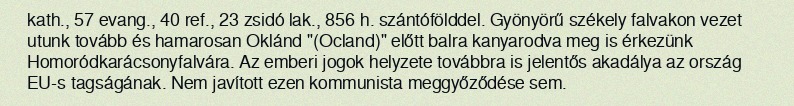
kath., 57 evang., 40 ref., 23 zsidó lak., 856 h. szántófölddel. Gyönyörű székely falvakon vezet utunk tovább és hamarosan Oklánd "(Ocland)" előtt balra kanyarodva meg is érkezünk Homoródkarácsonyfalvára. Az emberi jogok helyzete továbbra is jelentős akadálya az ország EU-s tagságának. Nem javított ezen kommunista meggyőződése sem.